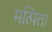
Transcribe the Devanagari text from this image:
मत्पिता